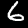
Label: 6